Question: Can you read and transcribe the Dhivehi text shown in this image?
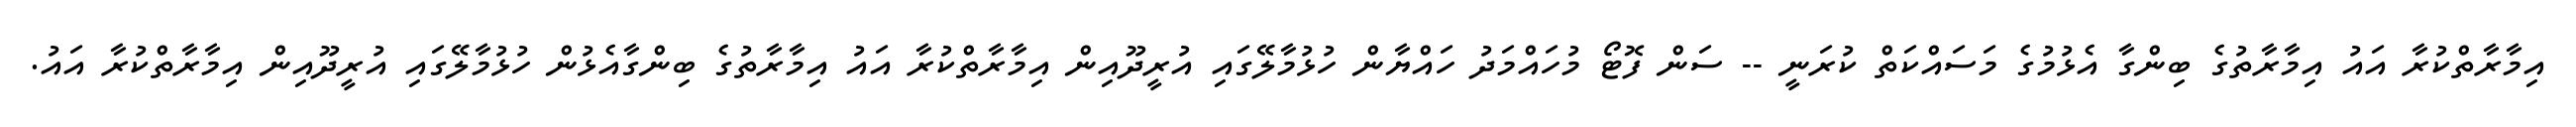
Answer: އިމާރާތްކުރާ އައު އިމާރާތުގެ ބިންގާ އެޅުމުގެ މަސައްކަތް ކުރަނީ -- ސަން ފޮޓޯ މުހައްމަދު ހައްޔާން ހުޅުމާލޭގައި އުރީދޫއިން އިމާރާތްކުރާ އައު އިމާރާތުގެ ބިންގާއެޅުން ހުޅުމާލޭގައި އުރީދޫއިން އިމާރާތްކުރާ އައު.